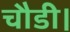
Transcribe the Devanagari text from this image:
चौडी।